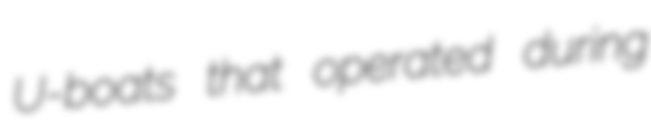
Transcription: U-boats that operated during